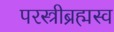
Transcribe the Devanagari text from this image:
परस्त्रीब्रह्मस्व